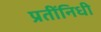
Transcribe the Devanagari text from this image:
प्रतींनिधी